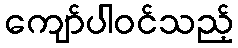
ကျော်ပါဝင်သည့်